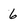
Character: 6